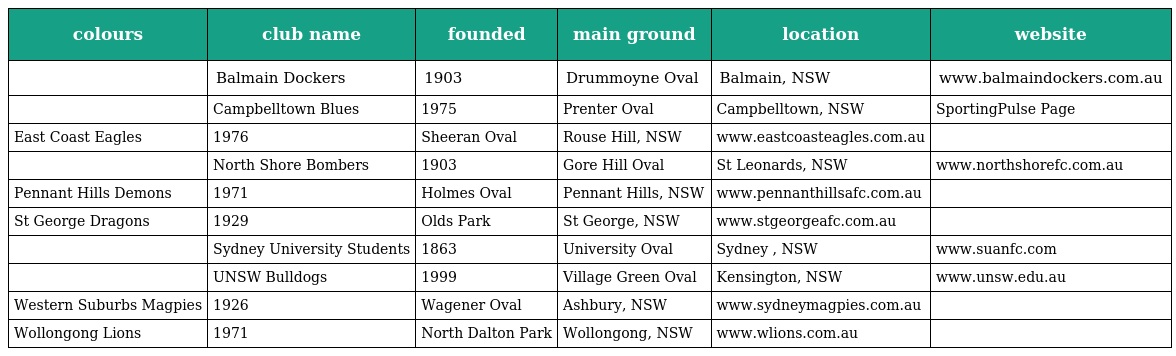
| colours | club name | founded | main ground | location | website |
 | --- | --- | --- | --- | --- | --- |
 |  | Balmain Dockers | 1903 | Drummoyne Oval | Balmain, NSW | www.balmaindockers.com.au |
 |  | Campbelltown Blues | 1975 | Prenter Oval | Campbelltown, NSW | SportingPulse Page |
 | East Coast Eagles | 1976 | Sheeran Oval | Rouse Hill, NSW | www.eastcoasteagles.com.au |  |
 |  | North Shore Bombers | 1903 | Gore Hill Oval | St Leonards, NSW | www.northshorefc.com.au |
 | Pennant Hills Demons | 1971 | Holmes Oval | Pennant Hills, NSW | www.pennanthillsafc.com.au |  |
 | St George Dragons | 1929 | Olds Park | St George, NSW | www.stgeorgeafc.com.au |  |
 |  | Sydney University Students | 1863 | University Oval | Sydney , NSW | www.suanfc.com |
 |  | UNSW Bulldogs | 1999 | Village Green Oval | Kensington, NSW | www.unsw.edu.au |
 | Western Suburbs Magpies | 1926 | Wagener Oval | Ashbury, NSW | www.sydneymagpies.com.au |  |
 | Wollongong Lions | 1971 | North Dalton Park | Wollongong, NSW | www.wlions.com.au |  |